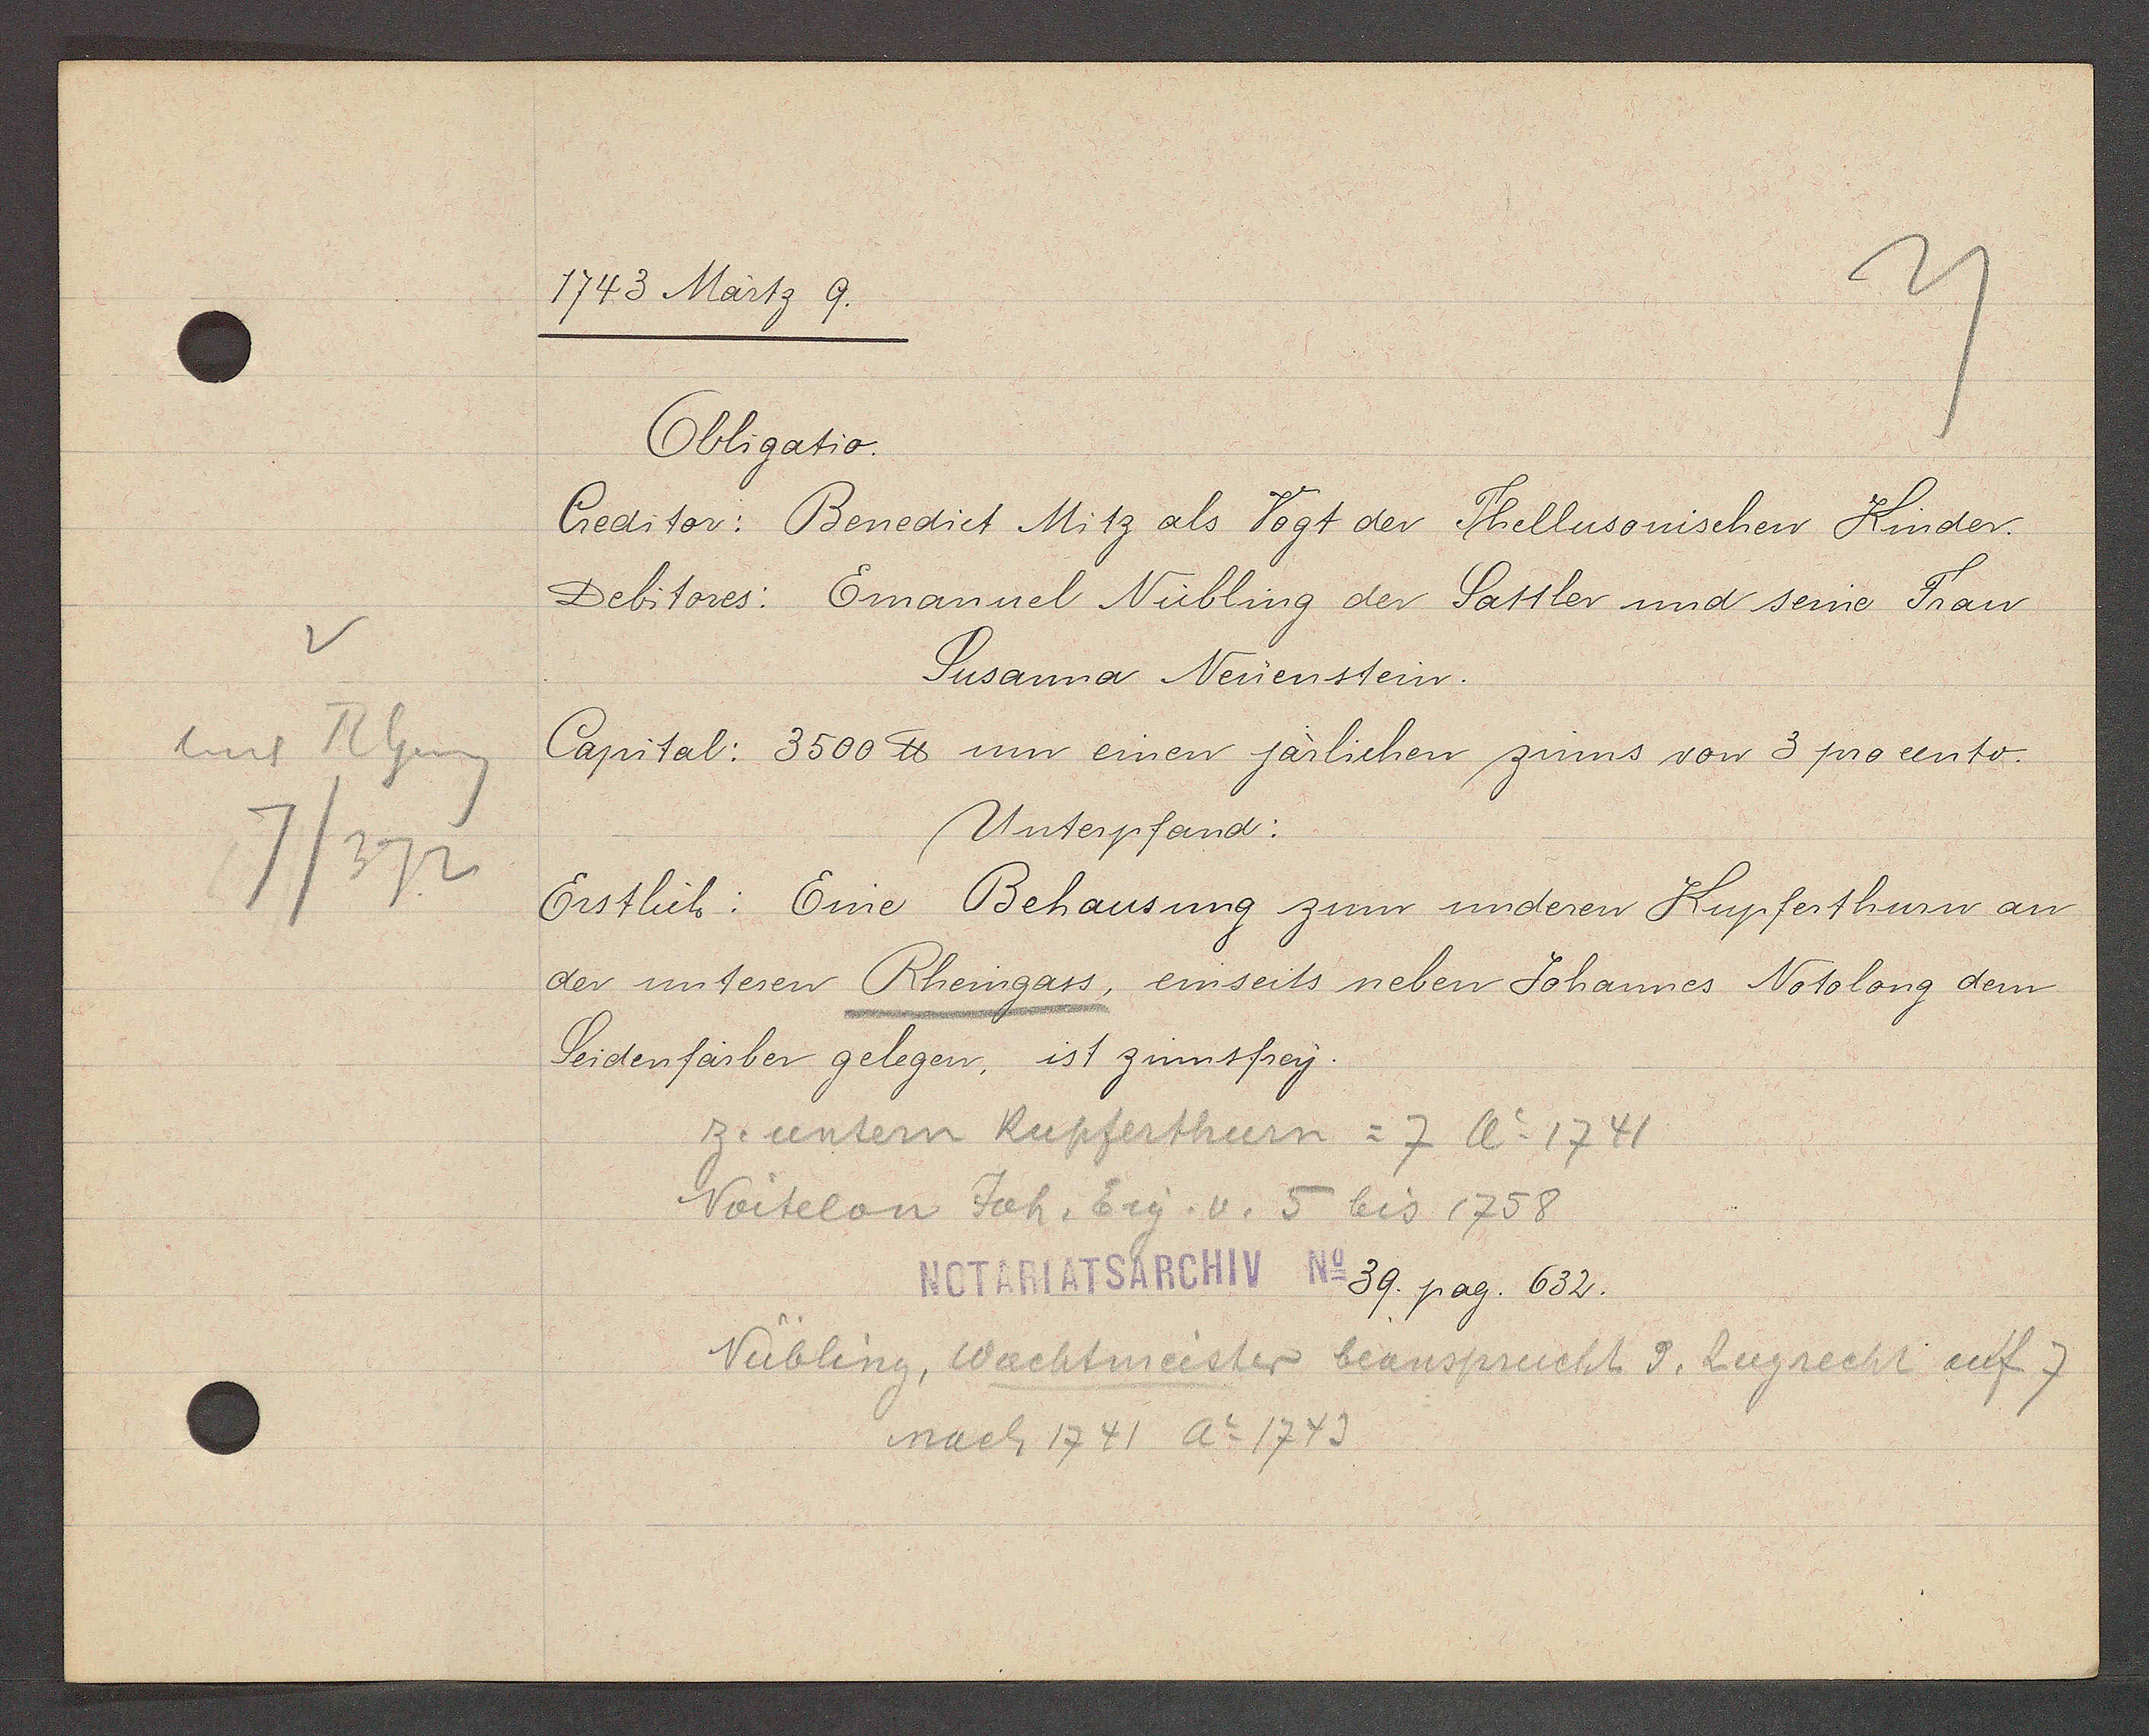
Transcript:
hint Rheing
7/372

1743 Märtz 9.

Obligatio.
Creditor: Benedict Mitz als Vogt der Thellusonischen Kinder.
Debitores: Emanuel Nübling der Sattler und seine Frau
Susanna Neuenstein.
Capital: 3500 ℔ um einen järlichen zinns von 3 procento.
Unterpfand:
Erstlich: Eine Behausung zum underen Kupferthurn an
der unteren Rheingass, einseits neben Johannes Notolong dem
Seidenfärber gelegen, ist zinnsfrey.

z. untern Kupferthurn = 7 Ao 1741
Voitelon Joh. Eig. v. 5 bis 1758

Notariatsarchiv N39. pag. 632.

Nübling, Wachtmeister beansprucht d. Zugrecht auf 7
nach 1741 Ao 1743